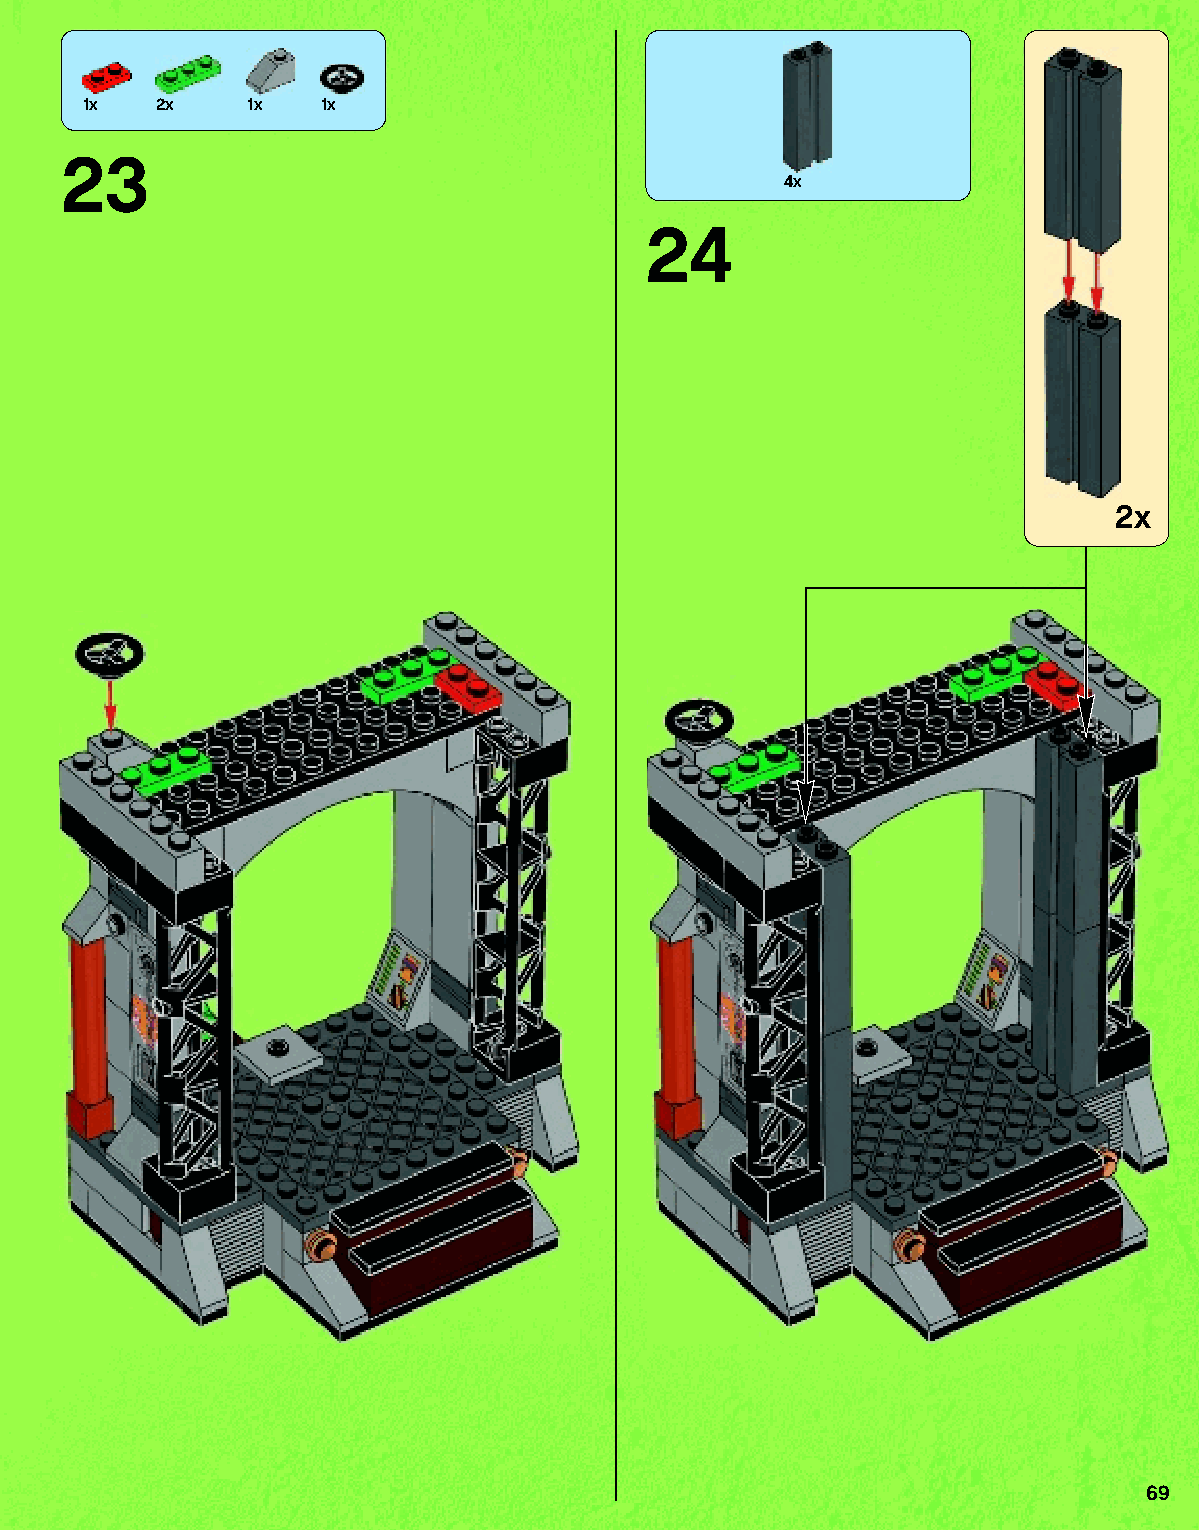
1x  2x    1x   1x
 23
 4x
 24
 2x
 69
 79117_Book1.indd 69                                               01/11/2013 4:35 PM